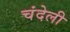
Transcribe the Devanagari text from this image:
चंदेली